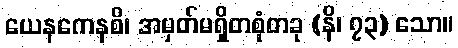
ယေနကေနစိ၊ အမှတ်မရှိတစုံတခု (နိ၊ ၇၃) သော။